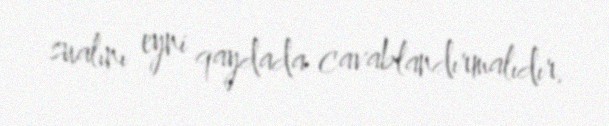
sualını eyni qaydada cavablandırmalıdır.